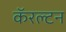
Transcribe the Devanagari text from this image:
कॅरल्टन